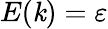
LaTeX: E(\mathit{k})=\varepsilon